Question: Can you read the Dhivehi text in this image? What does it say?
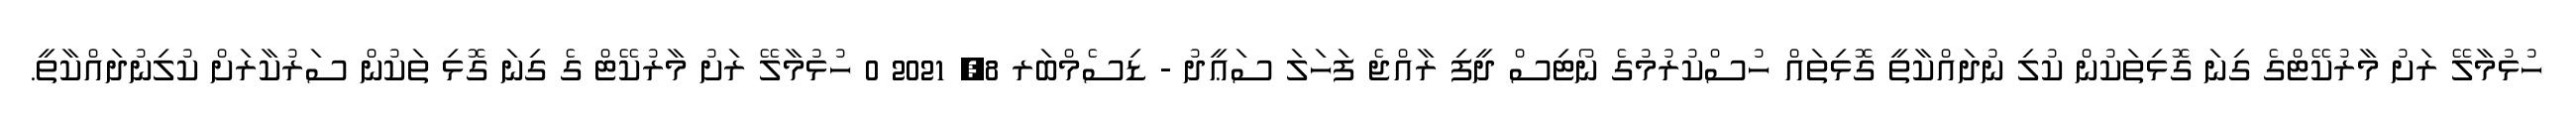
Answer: ހުޅުމާލޭ ރަށު މާރުކޭޓްގެ ގިނަ ގޮޅިތަކުން ކުލި ނުދައްކާތީ ގޮޅިތައް ހުސްކުރުމުގެ ނޯޓިސް ދީފި ރާއްޖެ ފަހަލަ ސަޢީދު - ޑިސެމްބަރ 8, 2021 0 ހުޅުމާލޭ ރަށު މާރުކޭޓް ގެ ގިނަ ގޮޅި ތަކުން ސަރުކާރަށް ކުލިނުދައްކާތީ.